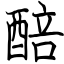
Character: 醅